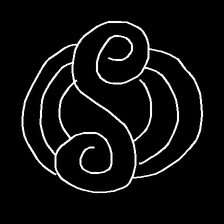
Glyph: wind-underfoot